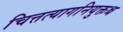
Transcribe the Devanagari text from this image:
चित्तत्यागनियुक्तश्च